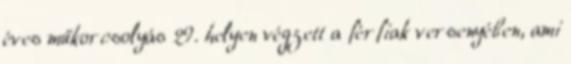
éves műkorcsolyás 29. helyen végzett a férfiak versenyében, ami